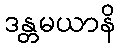
ဒန္တမယာနိ